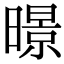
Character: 暻